Insane asylums in Bengal annual reports 1876-1887 - 1876-1887
Year: 1876
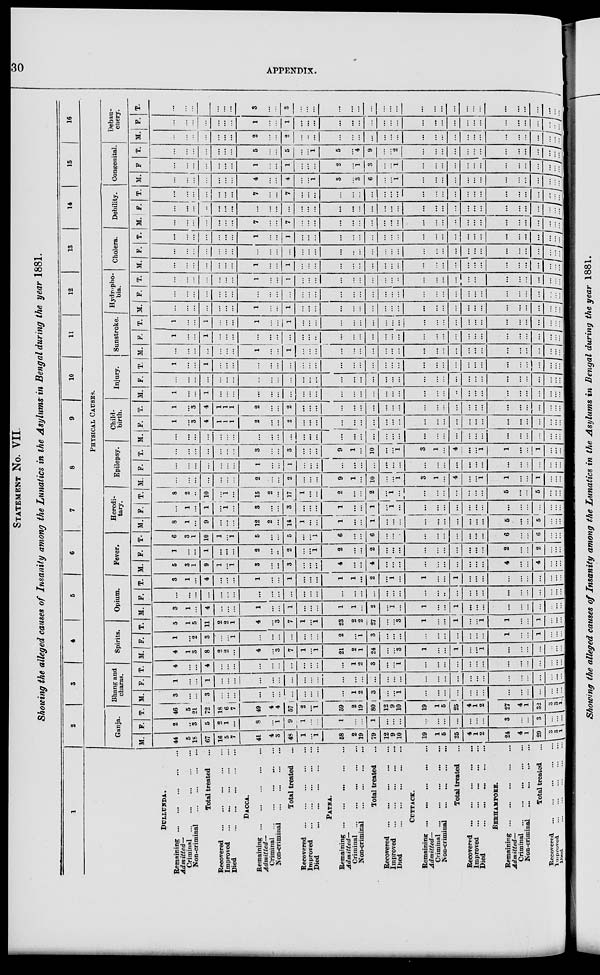
30
APPENDIX.
STATEMENT No. VII.
Showing the alleged causes of Insanity among the Lunatics in the Asylums in Bengal during the year 1881.
1
DULLUNDA.
Remaining
...
...
...
...
...
Admitted—
Criminal
...
...
...
...
...
Non-criminal ... ... ... ...
Total treated ...
Recovered
...
...
...
...
...
Improved
...
...
...
...
...
Died
...
...
...
...
...
DACCA.
Remaining
...
...
...
...
...
Admitted—
Criminal ... ... ... ... ...
Non-criminal
...
...
...
...
Total treated ...
Recovered
...
...
...
...
...
Improved
...
...
...
...
...
Died
...
...
...
...
...
PATNA.
Remaining
...
...
...
...
...
Admitted—
Criminal
...
...
...
...
...
Non-criminal
...
...
...
...
Total treated ...
Recovered
...
...
...
...
...
Improved
...
...
...
...
...
Died
...
...
...
...
...
CUTTACK.
Remaining
...
...
...
...
...
Admitted—
Criminal
...
...
...
...
...
Non-criminal
...
...
...
...
Total treated ...
Recovered
...
...
...
...
...
Improved ... ... ... ... ...
Died
...
...
...
...
...
BERHAMPORE.
Remaining
...
...
...
...
...
Admitted—
Criminal
...
...
...
...
...
Non-criminal
...
...
...
...
Total treated ...
Recovered
...
...
...
...
...
Improved ... ... ... ... ...
Died ... ... ... ... ...
2
3
4
5
6
7
8
9
10
11
12
13
14
15
16
PHYSICAL CAUSES.
Ganja.
M.
...
44
...
5
18
67
16
5
7
...
41
...
4
3
48
1
...
1
...
58
...
2
19
79
12
9
10
...
19
...
1
5
26
4
1
2
...
24
...
4
1
29
3
... ...
F.
...
2
...
...
3
5
2
1
...
...
8
...
...
1
9
1
...
...
...
1
...
...
...
1
...
...
...
...
...
...
...
...
...
...
...
...
...
3
...
...
...
3
...
... ...
T.
...
46
...
5
21
72
18
6
7
...
49
...
4
4
57
2
...
1
...
59
...
2
19
80
12
9
10
...
19
...
1
5
25
4
1
2
...
27
...
4
1
32
3
... ...
Bhang and
charas.
M.
...
3
...
...
...
3
...
...
...
...
...
...
...
...
...
...
...
...
...
...
...
1
2
3
...
...
1
...
...
...
...
...
...
...
...
...
...
...
...
...
...
...
...
... ...
F.
...
1
...
...
...
1
...
...
...
...
...
...
...
...
...
...
...
...
...
...
...
...
...
...
...
...
...
...
...
...
...
...
...
...
...
...
...
...
...
...
...
...
...
... ...
T.
...
4
...
...
...
4
...
...
...
...
...
...
...
...
...
...
...
...
...
...
...
1
2
3
...
...
1
...
...
...
...
...
...
...
...
...
...
...
...
...
...
...
...
... ...
Spirits.
M.
...
4
...
1
3
8
2
2
...
...
4
...
...
3
7
1
...
1
...
21
...
2
1
24
...
...
3
...
1
...
...
...
1
...
...
1
...
...
...
...
...
...
....
... ...
F.
...
1
...
...
2
3
...
...
1
...
...
...
...
...
...
...
...
...
...
2
...
...
1
3
...
...
...
...
...
...
...
...
...
...
...
...
...
1
...
...
...
...1
....
... ...
T.
...
5
...
1
5
11
2
2
1
...
4
...
...
3
7
1
...
1
...
23
...
2
2
27
...
...
3
...
1
...
...
...
1
...
...
1
...
1
...
...
...
1
...
... ...
Opium.
M.
...
3
...
1
...
4
...
...
...
...
1
...
...
...
1
...
...
...
...
1
...
1
...
2
...
1
...
...
1
...
...
...
1
...
...
...
...
...
...
...
...
...
...
...
...
F.
...
...
...
...
...
...
...
...
...
...
...
...
...
...
...
...
...
...
...
...
...
...
...
...
...
...
...
...
...
...
...
...
...
...
...
...
...
...
...
...
...
...
...
...
...
T.
...
3
...
1
...
4
...
...
...
...
1
...
...
...
1
...
...
...
...
1
...
1
...
2
...
1
...
...
1
...
...
...
1
...
...
...
...
...
...
...
...
...
...
...
...
Fever.
M.
...
5
...
3
1
9
1
...
1
...
3
...
...
...
3
...
...
...
...
4
...
...
...
4
...
...
...
...
...
...
...
...
...
...
...
...
...
4
...
...
...
4
...
...
...
F.
...
1
...
...
...
1
...
...
...
...
2
...
...
...
2
...
...
1
...
2
...
...
...
2
...
...
...
...
...
...
...
...
...
...
...
...
...
2
...
...
...
2
...
...
...
T.
...
6
...
3
1
10
1
...
1
...
5
...
...
...
5
...
...
1
...
6
...
...
...
6
...
...
...
...
...
...
...
...
...
...
...
...
...
6
...
...
...
6
...
... ...
Heredi-
tary.
M.
...
8
...
1
...
9
...
...
...
...
12
...
2
...
14
1
...
...
...
1
...
...
...
1
...
...
...
...
...
...
...
...
...
...
...
...
...
5
...
...
...
5
...
... ...
F.
...
...
...
1
...
1
...
1
...
...
3
...
...
...
3
...
...
...
...
1
...
...
...
1
...
1
...
...
...
...
...
...
...
...
...
...
...
...
...
...
...
...
...
... ...
T.
...
8
...
2
...
10
...
1
...
...
15
...
2
...
17
1
...
...
...
2
...
...
...
2
...
1
...
...
...
...
...
...
...
...
...
...
...
5
...
...
...
5
...
...
...
Epilepsy.
M.
...
...
...
...
...
...
...
...
...
...
2
...
...
...
2
...
...
...
...
9
...
1
...
10
...
...
1
...
3
...
1
...
4
...
...
...1
...
1
...
...
...
1
...
... ...
F.
...
...
...
...
...
...
...
...
...
...
1
...
...
...
1
...
...
...
...
...
...
...
...
...
...
...
...
...
...
...
...
...
...
...
...
...
...
...
...
...
...
...
...
...
...
T.
...
...
...
...
...
...
...
...
...
...
3
...
...
...
3
...
...
...
...
9
...
1
...
10
...
...
1
...
3
...
1
...
4
...
...
1
...
1
...
...
...
1
...
...
...
Child-
birth.
M.
...
...
...
...
...
...
...
...
...
...
...
...
...
...
...
...
...
...
...
...
...
...
...
...
...
...
...
...
...
...
...
...
...
...
...
...
...
...
...
...
...
...
...
... ...
F.
...
1
...
...
3
4
1
1
1
...
2
...
...
...
2
...
...
...
...
...
...
...
...
...
...
...
...
...
...
...
...
...
...
...
...
...
...
...
...
...
...
...
...
... ...
T.
...
1
...
...
3
4
1
1
1
...
2
...
...
...
2
...
...
...
...
...
...
...
...
...
...
...
...
...
...
...
...
...
...
...
...
...
...
...
...
...
...
...
...
... ...
Injury.
M.
...
1
...
...
...
1
...
...
...
...
...
...
...
...
...
...
...
...
...
...
...
...
...
...
...
...
...
...
...
...
...
...
..
...
...
...
...
...
...
...
...
...
...
...
...
F.
...
...
...
...
...
...
...
...
...
...
...
...
...
...
...
...
...
...
...
...
...
...
...
...
...
...
...
...
...
...
...
...
...
...
...
...
...
...
...
...
...
...
...
... ...
T.
...
1
...
...
...
1
...
...
...
...
...
...
...
...
...
...
...
...
...
...
...
...
...
...
...
...
...
...
...
...
...
...
...
...
...
...
...
...
...
...
...
...
...
... ...
Sunstroke.
M.
...
...
...
...
...
...
...
...
...
...
1
...
...
...
1
...
...
...
...
...
...
...
...
...
...
...
...
...
...
...
...
...
...
...
...
...
...
...
...
...
...
...
...
... ...
F.
...
1
...
...
...
1
...
...
...
...
...
...
...
...
...
...
...
...
...
...
...
...
...
...
...
...
...
...
...
...
...
...
...
...
...
...
...
...
...
...
...
...
...
... ...
T.
...
1
...
...
...
1
...
...
...
...
1
...
...
...
1
...
...
...
...
...
...
...
...
...
...
...
...
...
...
...
...
...
...
...
...
...
...
...
...
...
...
...
...
... ...
Hydropho-
bia.
M.
...
...
...
...
...
...
...
...
...
...
1
...
...
...
1
...
...
...
...
...
...
...
...
...
...
...
...
...
...
...
...
...
...
...
...
...
...
...
...
...
...
...
...
... ...
F.
...
...
...
...
...
...
...
...
...
...
...
...
...
...
...
...
...
...
...
...
...
...
...
...
...
...
...
...
...
...
...
...
...
...
...
...
...
...
...
...
...
...
...
... ...
T.
...
...
...
...
...
...
...
...
...
...
1
...
...
...
1
...
...
...
...
...
...
...
...
...
...
...
...
...
...
...
...
...
...
...
...
...
...
...
...
...
...
...
...
... ...
Cholera.
M.
...
...
...
...
...
...
...
...
...
...
1
...
...
...
1
...
...
...
...
...
...
...
...
...
...
...
...
...
...
...
...
...
...
...
...
...
...
...
...
...
...
...
...
... ...
F.
...
...
...
...
...
...
...
...
...
...
...
...
...
...
...
...
...
...
...
...
...
...
...
...
...
...
...
...
...
...
...
...
...
...
...
...
...
...
...
...
...
...
...
... ...
T.
...
...
...
...
...
...
...
...
...
...
1
...
...
...
1
...
...
...
...
...
...
...
...
...
...
...
...
...
...
...
...
...
...
...
...
...
...
...
...
...
...
...
...
... ...
Debility.
M.
...
...
...
...
...
...
...
...
...
...
7
...
...
...
7
...
...
...
...
...
...
...
...
...
...
...
...
...
...
...
...
...
...
...
...
...
...
...
...
...
...
...
...
... ...
F.
...
...
...
...
...
...
...
...
...
...
...
...
...
...
...
...
...
...
...
...
...
...
...
...
...
...
...
...
...
...
...
...
...
...
...
...
...
...
...
...
...
...
...
... ...
T.
...
...
...
...
...
...
...
...
...
...
7
...
...
...
7
...
...
...
...
...
...
...
...
...
...
...
...
...
...
...
...
...
...
...
...
...
...
...
...
...
...
...
..
... ...
Congenital.
M.
...
...
...
...
...
...
...
...
...
...
4
...
...
...
4
...
...
1
...
3
...
...
3
6
...
...
1
...
...
...
...
...
...
...
...
...
...
...
...
...
...
...
...
... ...
F
...
...
...
...
...
...
...
...
...
...
1
...
...
...
1
...
...
...
...
2
...
...
1
3
...
...
1
...
...
...
...
...
...
...
...
...
...
...
...
...
...
...
...
... ...
T.
...
...
...
...
...
...
...
...
...
...
5
...
...
...
5
...
...
1
...
5
...
...
4
9
...
...
2
...
...
...
...
...
...
...
...
...
...
...
...
...
...
...
...
... ...
Debau-
chery.
M.
...
...
...
...
...
...
...
...
...
...
2
...
...
...
2
...
...
...
...
...
...
...
...
...
...
...
...
...
...
...
...
...
...
...
...
...
...
...
...
...
...
...
...
... ...
F.
...
...
...
...
...
...
...
...
...
...
1
...
...
...
1
...
...
...
...
...
...
...
...
...
...
...
...
...
...
...
...
...
...
...
...
...
...
...
...
...
...
...
.. ... ...
T.
...
...
...
...
...
...
...
...
...
...
3
...
...
...
3
...
...
...
...
...
...
...
...
...
...
...
...
...
...
...
...
...
...
...
...
...
...
...
...
...
...
...
...
...
...